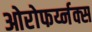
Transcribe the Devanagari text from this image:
ओरोफर्य्नक्स